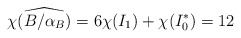
\begin{align*}\chi(\widehat{B/\alpha_{B}})=6\chi(I_1)+\chi(I_0^{*})=12\end{align*}